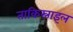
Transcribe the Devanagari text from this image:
ताकिस्राइल